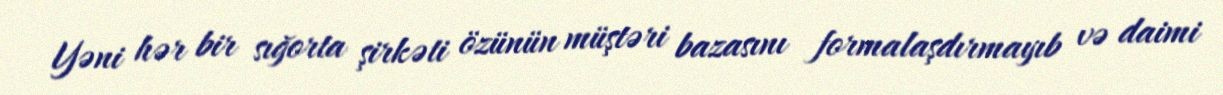
Yəni hər bir sığorta şirkəti özünün müştəri bazasını formalaşdırmayıb və daimi